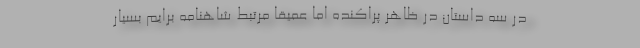
در سه داستانِ در ظاهر پراکنده اما عمیقاً مرتبط شاهنامه برایم بسیار